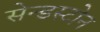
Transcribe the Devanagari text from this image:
सेन्डस्टोन